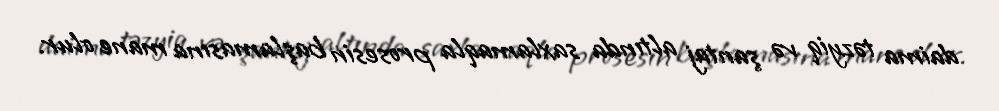
daima təzyiq və şantaj altında saxlamaqla prosesin başlamasına mane olur.